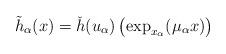
LaTeX: \begin{align*} \tilde{h}_\alpha(x)=\check{h}(u_\alpha)\left(\exp_{x_\alpha}(\mu_\alpha x) \right) \end{align*}